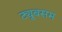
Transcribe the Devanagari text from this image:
ट्यूबसम